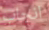
انجاب